Indian journal of veterinary science and animal husbandry - Volume 12,
Year: 1942
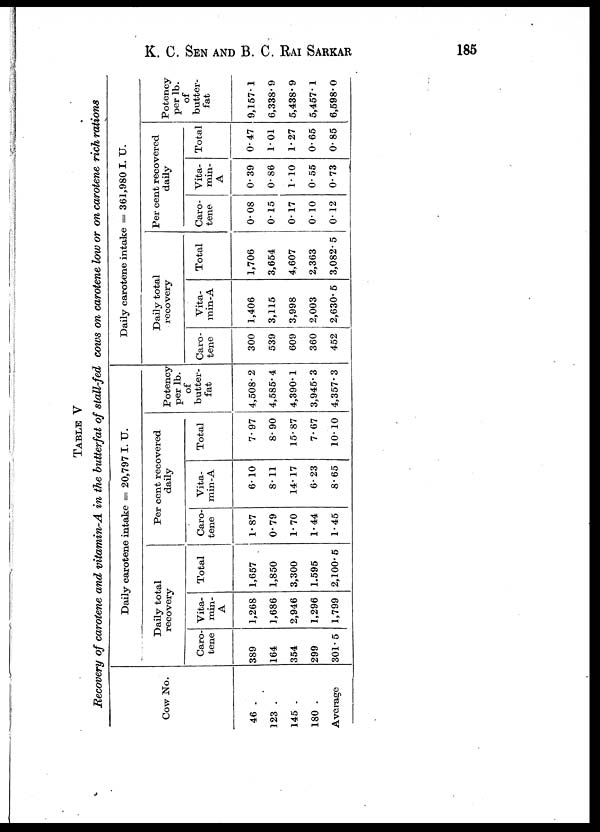
K. C. SEN AND B. C. RAI SARKAR 185
TABLE V
Recovery of carotene and vitamin-A in the butterfat of stall-fed cows on carotene low or on carotene rich rations
Cow No.
46 .
123 .
145 .
180 .
Average
Daily carotene intake = 20,797 I. U.
Daily total
recovery
Caro-
tene
389
164
354
299
301.5
Vita-
min-
A
1,268
1,686
2,946
1,296
1,799
Total
1,657
1,850
3,300
1.595
2,100.5
Per cent recovered
daily
Caro-
tene
1.87
0.79
1.70
1.44
1.45
Vita-
min-A
6. 10
8.11
14.17
6.23
8.65
Total
7.97
8.90
15.87
7.67
10.10
Potency
per lb.
of
butter-
fat
4,508. 2
4,585.4
4,390.1
3,945.3
4,357.3
Daily carotene intake = 361,980 I. U.
Daily total
recovery
Caro-
tene
300
539
609
360
452
Vita.
min-A
1,406
3,115
3,998
2,003
2,630. 5
Total
1,706
3,654
4,607
2,363
3,082. 5
Per cent recovered
daily
Caro-
tene
0.08
0.15
0.17
0. 10
0.12
Vita-
min-
A
0.39
0.86
1. 10
0.55
0.73
Total
0.47
1.01
1.27
0.65
0.85
Potency
per lb.
of
butter-
fat
9,157.1
6,338.9
5,438. 9
5,457. 1
6,598. 0